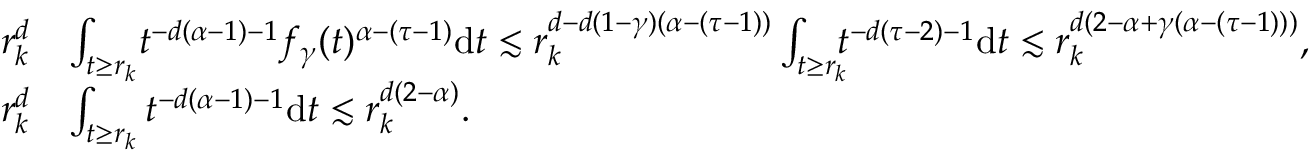
\begin{array} { r l } { r _ { k } ^ { d } } & { \int _ { t \ge r _ { k } } \! t ^ { - d ( \alpha - 1 ) - 1 } f _ { \gamma } ( t ) ^ { \alpha - ( \tau - 1 ) } \mathrm { d } t \lesssim r _ { k } ^ { d - d ( 1 - \gamma ) ( \alpha - ( \tau - 1 ) ) } \int _ { t \ge r _ { k } } \! \! \! t ^ { - d ( \tau - 2 ) - 1 } \mathrm { d } t \lesssim r _ { k } ^ { d ( 2 - \alpha + \gamma ( \alpha - ( \tau - 1 ) ) ) } , } \\ { r _ { k } ^ { d } } & { \int _ { t \ge r _ { k } } t ^ { - d ( \alpha - 1 ) - 1 } \mathrm { d } t \lesssim r _ { k } ^ { d ( 2 - \alpha ) } . } \end{array}